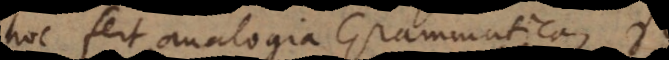
hoc fert analogia Grammatica,